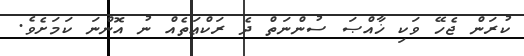
ކުރަން ޖެހޭ ވަކި ޚާއްޞަ ސުންނަތް ދެ ރަކްޢަތެއް ނު އޮންނަ ކަމަށެވެ.